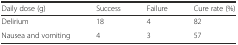
| Daily dose (g) | Success | Failure | Cure rate (%) |
 | --- | --- | --- | --- |
 | Delirium | 18 | 4 | 82 |
 | Nausea and vomiting | 4 | 3 | 57 |